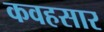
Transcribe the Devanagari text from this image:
कवहसार